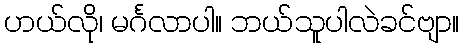
ဟယ်လို၊ မင်္ဂလာပါ။ ဘယ်သူပါလဲခင်ဗျာ။